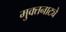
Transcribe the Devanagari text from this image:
मुक्‍तनाट्ये